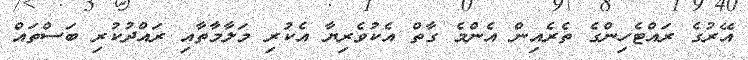
އޭރުގެ ރައްޓެހިންގެ ތެރެއިން އެންމެ ގާތް އެކުވެރިޔާ އެކުރި މަލާމާތާއި ރައްދުކުރި ބަސްތައް